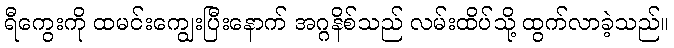
ရီကွေးကို ထမင်းကျွေးပြီးနောက် အဂ္ဂနိစ်သည် လမ်းထိပ်သို့ ထွက်လာခဲ့သည်။